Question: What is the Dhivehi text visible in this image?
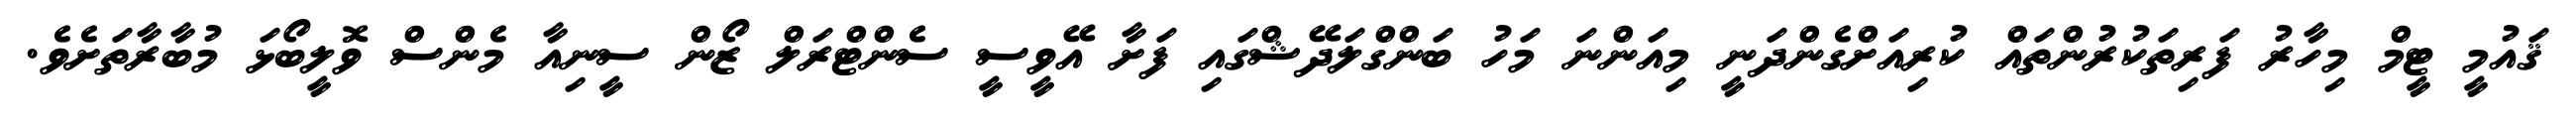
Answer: ޤައުމީ ޓީމް މިހާރު ފަރިތަކުރުންތައް ކުރިއަށްގެންދަނީ މިއަންނަ މަހު ބަންގްލަދޭޝްގައި ފަށާ އޭވީސީ ސެންޓްރަލް ޒޯން ސީނިއާ މެންސް ވޮލީބޯޅަ މުބާރާތަށެވެ.